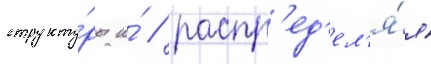
структу́ры и́ / распр'ед'ел'я́я